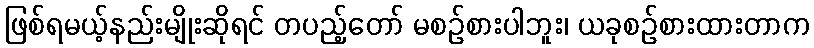
ဖြစ်ရမယ့်နည်းမျိုးဆိုရင် တပည့်တော် မစဉ်စားပါဘူး၊ ယခုစဉ်စားထားတာက